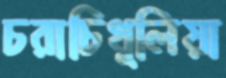
চরাচিথুলিয়া